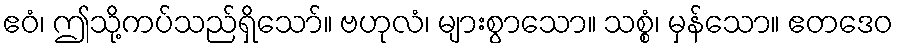
ဧဝံ၊ ဤသို့ကပ်သည်ရှိသော်။ ဗဟုလံ၊ များစွာသော။ သစ္စံ၊ မှန်သော။ ဧတဒေဝ